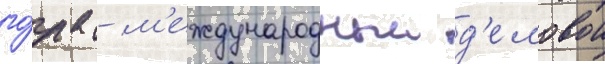
го́да - м'еждународныи д'еловои